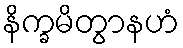
နိက္ခမိတွာနဟံ